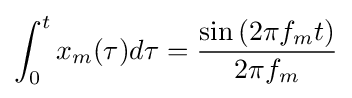
\int _{0}^{t}x_{m}(\tau )d\tau ={\frac {\sin \left(2\pi f_{m}t\right)}{2\pi f_{m}}}